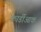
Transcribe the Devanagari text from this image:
कार्डीआक